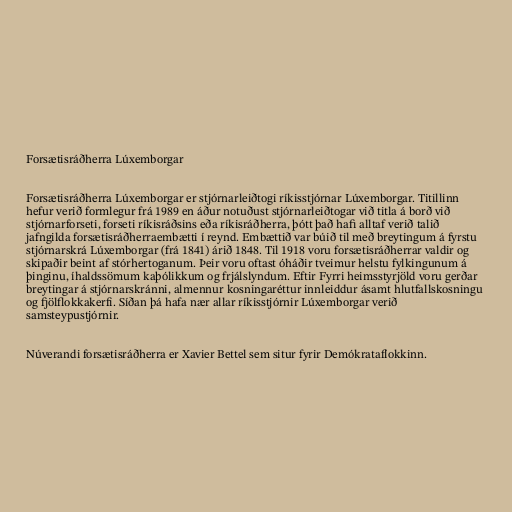
Forsætisráðherra Lúxemborgar

Forsætisráðherra Lúxemborgar er stjórnarleiðtogi ríkisstjórnar Lúxemborgar. Titillinn
hefur verið formlegur frá 1989 en áður notuðust stjórnarleiðtogar við titla á borð við
stjórnarforseti, forseti ríkisráðsins eða ríkisráðherra, þótt það hafi alltaf verið talið
jafngilda forsætisráðherraembætti í reynd. Embættið var búið til með breytingum á fyrstu
stjórnarskrá Lúxemborgar (frá 1841) árið 1848. Til 1918 voru forsætisráðherrar valdir og
skipaðir beint af stórhertoganum. Þeir voru oftast óháðir tveimur helstu fylkingunum á
þinginu, íhaldssömum kaþólikkum og frjálslyndum. Eftir Fyrri heimsstyrjöld voru gerðar
breytingar á stjórnarskránni, almennur kosningaréttur innleiddur ásamt hlutfallskosningu
og fjölflokkakerfi. Síðan þá hafa nær allar ríkisstjórnir Lúxemborgar verið
samsteypustjórnir.

Núverandi forsætisráðherra er Xavier Bettel sem situr fyrir Demókrataflokkinn.